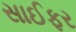
સાઈફર